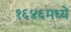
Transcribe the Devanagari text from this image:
१६४६मध्ये